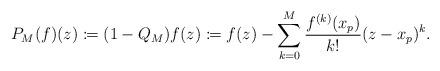
LaTeX: \begin{align*} P_M(f)(z) \coloneqq (1-Q_M)f(z) \coloneqq f(z) - \sum_{k=0}^M \frac{f^{(k)}(x_p)}{k!} (z-x_p)^k.\end{align*}